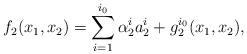
LaTeX: \begin{align*}f_2(x_1,x_2)=\sum_{i=1}^{i_0} \alpha_2^i a_2^i+ g_2^{i_0}(x_1,x_2),\end{align*}